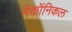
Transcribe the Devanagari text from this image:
मेकॉनिकल